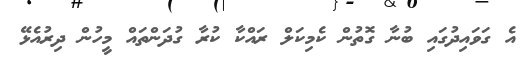
އެ ގަވައިދުގައި ބުނާ ގޮތުން ކެމިކަލް ރައްކާ ކުރާ ގުދަންތައް މީހުން ދިރުއެޅޭ